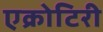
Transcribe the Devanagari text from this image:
एक्रोटिरी